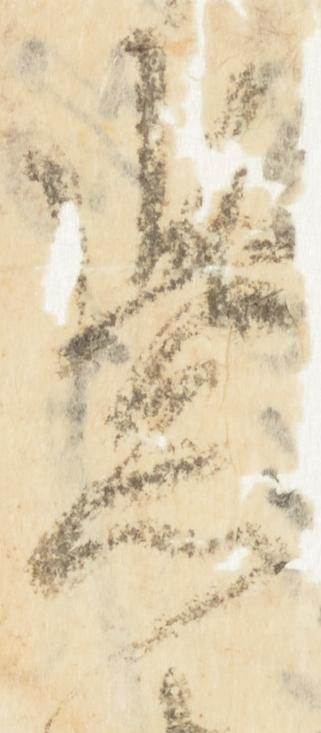
紫